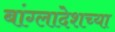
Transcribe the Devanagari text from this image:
बांग्लादेशच्या